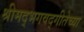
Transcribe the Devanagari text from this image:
श्रीमद्भगवद्गीतेच्या